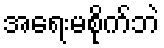
အရေးမစိုက်ဘဲ